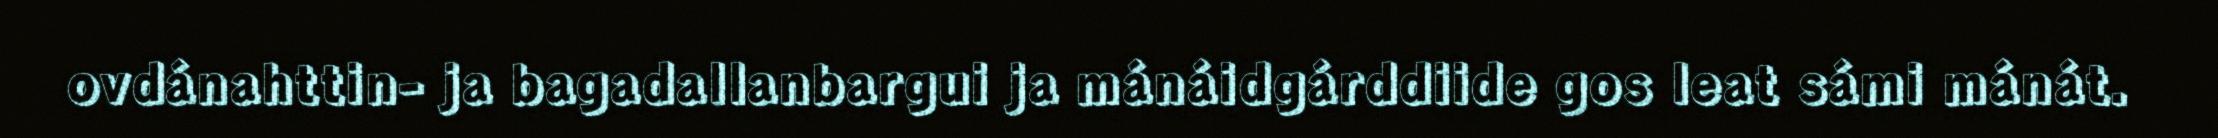
ovdánahttin- ja bagadallanbargui ja mánáidgárddiide gos leat sámi mánát.